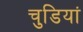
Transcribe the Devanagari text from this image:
चुडियां